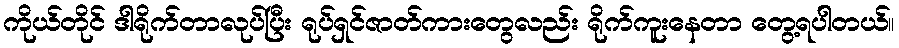
ကိုယ်တိုင် ဒါရိုက်တာလုပ်ပြီး ရုပ်ရှင်ဇာတ်ကားတွေလည်း ရိုက်ကူးနေတာ တွေ့ရပါတယ်။